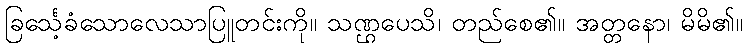
ခြင်္သေ့ခံသောလေသာပြူတင်းကို။ သဏ္ဌပေသိ၊ တည်စေ၏။ အတ္တနော၊ မိမိ၏။